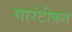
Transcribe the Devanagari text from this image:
गारंटीक़त